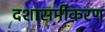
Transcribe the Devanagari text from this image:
दशासमीकरण